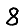
Digit: 8